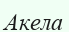
Акела